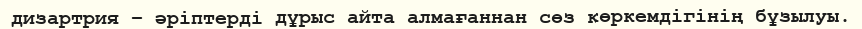
дизартрия – әріптерді дұрыс айта алмағаннан сөз көркемдігінің бұзылуы.